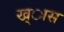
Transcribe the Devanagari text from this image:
ख्ास